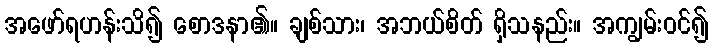
အဖော်ရဟန်းသိ၍ စောဒနာ၏။ ချစ်သား၊ အဘယ်စိတ် ရှိသနည်း။ အကျွမ်းဝင်၍